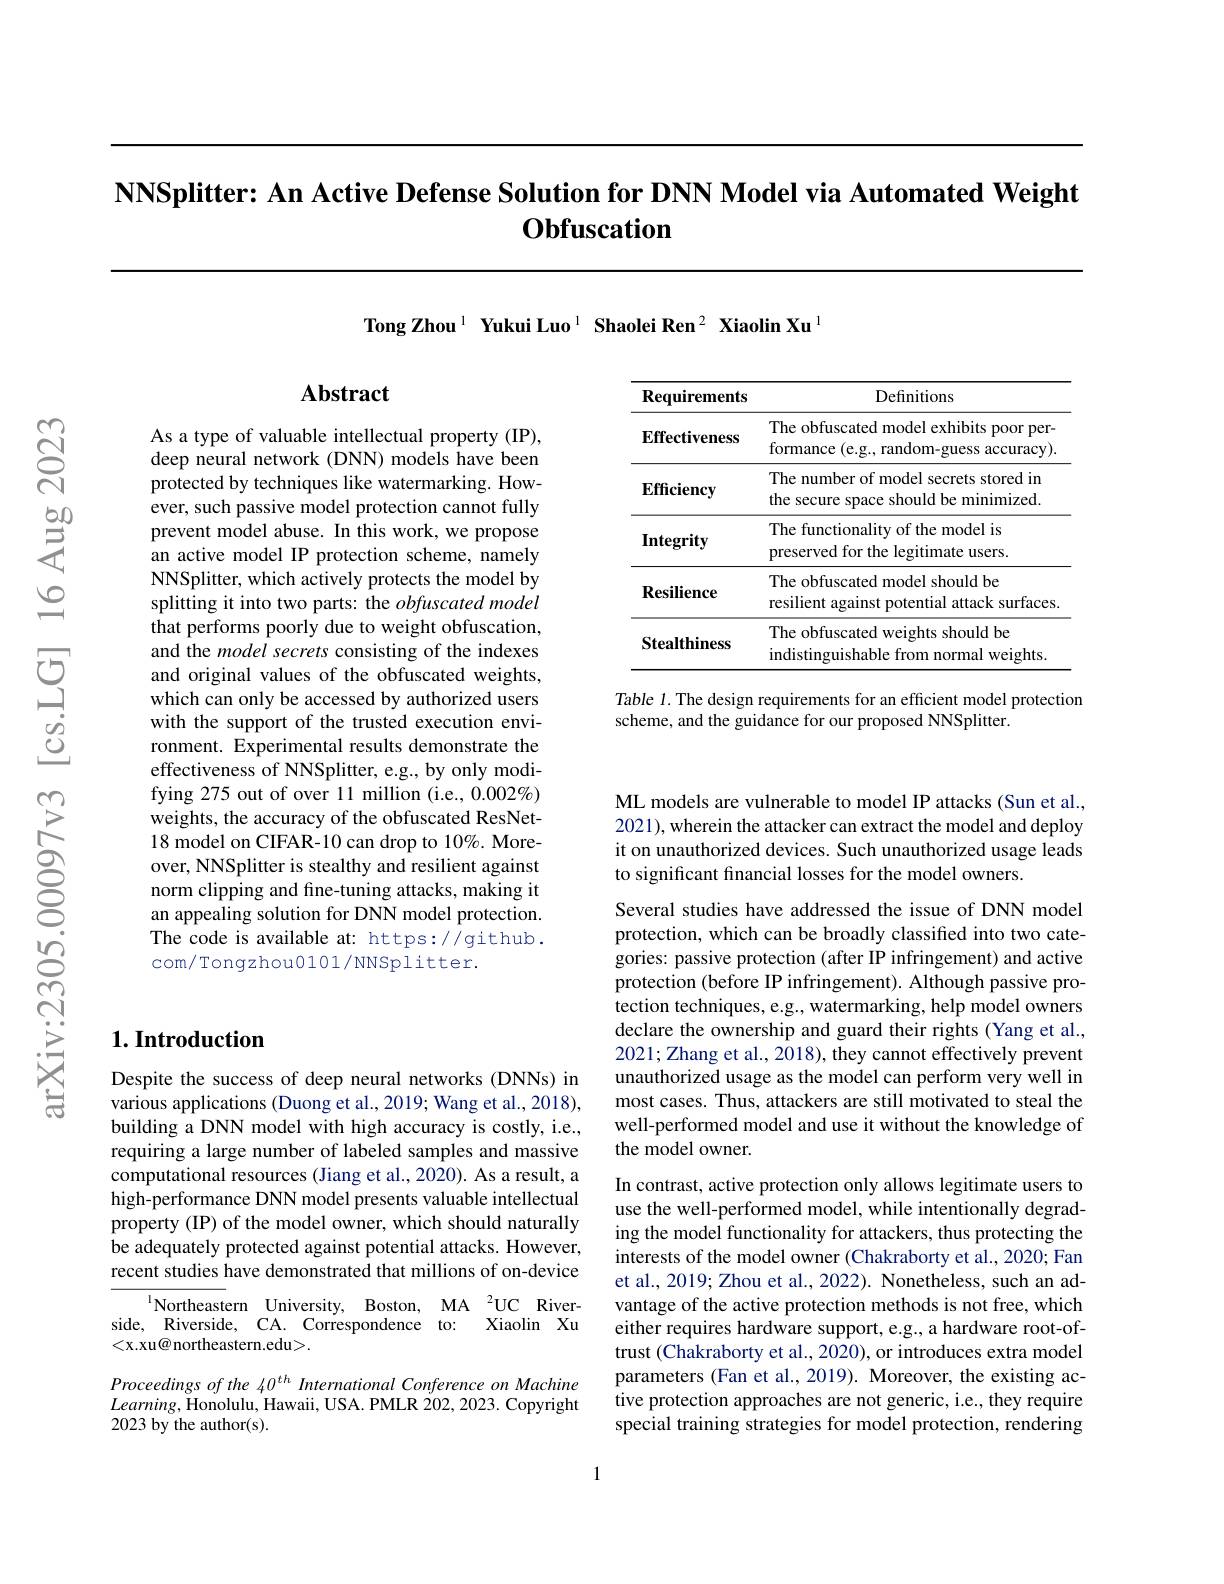
NNSplitter: An Active Defense Solution for DNN Model via Automated Weight
$\mathbf{Obfuscation}$

Tong Zhou$^{1}$ Yukui Luo$^{1}$ Shaolei Ren$^{2}$ Xiaolin Xu$^{1}$

## Abstract

As a type of valuable intellectual property (IP), deep neural network (DNN) models have been protected by techniques like watermarking. However, such passive model protection cannot fully prevent model abuse. In this work, we propose an active model IP protection scheme, namely NNSplitter, which actively protects the model by splitting it into two parts: the obfuscated model that performs poorly due to weight obfuscation, and the model secrets consisting of the indexes and original values of the obfuscated weights, which can only be accessed by authorized users with the support of the trusted execution environment. Experimental results demonstrate the effectiveness of NNSplitter, e.g., by only modifying 275 out of over 11 million (i.e., 0.002%) weights, the accuracy of the obfuscated ResNet- 18 model on CIFAR-10 can drop to 10%. Moreover, NNSplitter is stealthy and resilient against norm clipping and fine-tuning attacks, making it an appealing solution for DNN model protection. The code is available at: https://github. com/Tongzhou0101/NNSplitter.

<table>
	<tbody>
		<tr>
			<th>Requirements</th>
			<th>Definitions</th>
		</tr>
		<tr>
			<td>$\mathbf{Effectiveness}$</td>
			<td>The obfuscated model exhibits poor per- formance (e.g., random-guess accuracy)</td>
		</tr>
		<tr>
			<td>$\mathbf{Efficiency}$</td>
			<td>The number of model secrets stored in the secure space should be minimized.</td>
		</tr>
		<tr>
			<td>$\mathbf{Integrity}$</td>
			<td>The functionality of the model is preserved for the legitimate users.</td>
		</tr>
		<tr>
			<td>$\mathbf{Resilience}$</td>
			<td>The obfuscated model should be resilient against potential attack surfaces</td>
		</tr>
		<tr>
			<td>Stealthiness</td>
			<td>The obfuscated weights should be indistinguishable from normal weights</td>
		</tr>
	</tbody>
</table>

Table 1. The design requirements for an efficient model protection
scheme, and the guidance for our proposed NNSplitter.

## $1. \textbf{Introduction}$

Despite the success of deep neural networks (DNNs) in $\hat{\text{various applications (Duong et al.,2019;Wang et al.,2018),}}$ building a DNN model with high accuracy is costly, i.e., requiring a large number of labeled samples and massive computational resources (Jiang et al., 2020). As a result, a high-performance DNN model presents valuable intellectual property (IP) of the model owner, which should naturally be adequately protected against potential attacks. However, recent studies have demonstrated that millions of on-device

$^{1}$Northeastern University, Boston, MA $^2$UC Riverside, Riverside, CA. Correspondence to: Xiaolin Xu <x.xu@ northeastern.edu>.

Proceedings of the 40$^{th}$ International Conference on Machine $Learning$,Honolulu, Hawaii, USA. PMLR 202, 2023. Copyright 2023 by the author(s).

ML models are vulnerable to model IP attacks (Sun et al., 2021), wherein the attacker can extract the model and deploy it on unauthorized devices. Such unauthorized usage leads to significant financial losses for the model owners.

Several studies have addressed the issue of DNN model protection, which can be broadly classified into two categories: passive protection (after IP infringement) and active protection (before IP infringement). Although passive protection techniques, e.g., watermarking, help model owners declare the ownership and guard their rights (Yang et al., 2021; Zhang et al., 2018), they cannot effectively prevent unauthorized usage as the model can perform very well in most cases. Thus, attackers are still motivated to steal the well-performed model and use it without the knowledge of the model owner.

In contrast, active protection only allows legitimate users to use the well-performed model, while intentionally degrading the model functionality for attackers, thus protecting the interests of the model owner (Chakraborty et al., 2020; Fan et al., 2019; Zhou et al., 2022). Nonetheless, such an advantage of the active protection methods is not free, which either requires hardware support, e.g., a hardware root-oftrust (Chakraborty et al., 2020), or introduces extra model parameters (Fan et al., 2019). Moreover, the existing active protection approaches are not generic, i.e., they require special training strategies for model protection, rendering

1